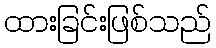
ထားခြင်းဖြစ်သည်